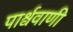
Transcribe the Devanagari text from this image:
पार्श्ववाणी